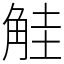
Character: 觟